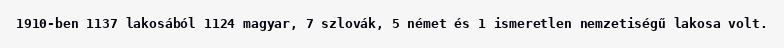
1910-ben 1137 lakosából 1124 magyar, 7 szlovák, 5 német és 1 ismeretlen nemzetiségű lakosa volt.